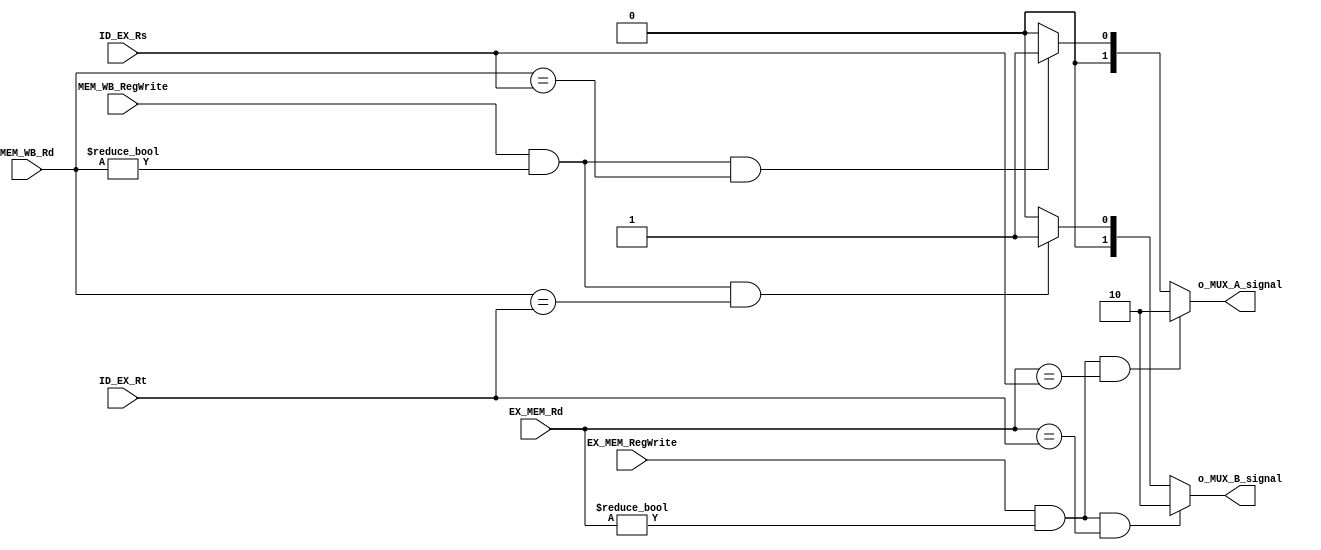
`timescale 1ns / 1ps
module foward_unit (
                   input wire         EX_MEM_RegWrite,
                   input wire [4 : 0] EX_MEM_Rd,
                   input wire [4 : 0] ID_EX_Rs,
                   input wire [4 : 0] ID_EX_Rt,
                   input wire         MEM_WB_RegWrite,
                   input wire [4 : 0] MEM_WB_Rd,
                   output wire [1 : 0] o_MUX_A_signal,
                   output wire [1 : 0] o_MUX_B_signal
                   ); 

    assign o_MUX_A_signal = (EX_MEM_RegWrite && EX_MEM_Rd != 5'b00000 && EX_MEM_Rd == ID_EX_Rs) ? 2'b10 :
                            (MEM_WB_RegWrite && MEM_WB_Rd != 5'b00000 && MEM_WB_Rd == ID_EX_Rs) ? 2'b01 :
                                                                                                  2'b00;
    assign o_MUX_B_signal = (EX_MEM_RegWrite && EX_MEM_Rd != 5'b00000 && EX_MEM_Rd == ID_EX_Rt) ? 2'b10 :
                            (MEM_WB_RegWrite && MEM_WB_Rd != 5'b00000 && MEM_WB_Rd == ID_EX_Rt) ? 2'b01 :
                                                                                                  2'b00;
endmodule